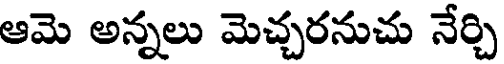
ఆమె అన్నలు మెచ్చరనుచు నేర్చి